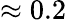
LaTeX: \approx 0.2